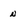
Character: n